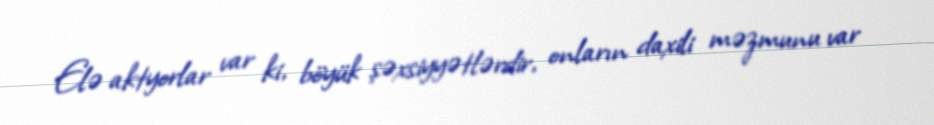
Elə aktyorlar var ki, böyük şəxsiyyətlərdir, onların daxili məzmunu var